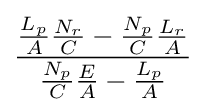
{\frac {{\frac {L_{p}}{A}}{\frac {N_{r}}{C}}-{\frac {N_{p}}{C}}{\frac {L_{r}}{A}}}{{\frac {N_{p}}{C}}{\frac {E}{A}}-{\frac {L_{p}}{A}}}}